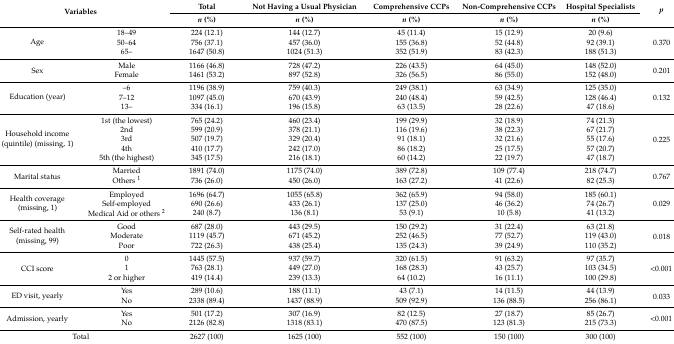
<table><thead><tr><td rowspan="2" colspan="2"><b>Variables</b></td><td><b>Total</b></td><td><b>Not Having a Usual Physician</b></td><td><b>Comprehensive CCPs</b></td><td><b>Non-Comprehensive CCPs</b></td><td><b>Hospital Specialists</b></td><td rowspan="2"><b><i>p</i></b></td></tr><tr><td><b><i>n</i> (%)</b></td><td><b><i>n</i> (%)</b></td><td><b><i>n</i> (%)</b></td><td><b><i>n</i> (%)</b></td><td><b><i>n</i> (%)</b></td></tr></thead><tbody><tr><td rowspan="3">Age</td><td>18–49</td><td>224 (12.1)</td><td>144 (12.7)</td><td>45 (11.4)</td><td>15 (12.9)</td><td>20 (9.6)</td><td rowspan="3">0.370</td></tr><tr><td>50–64</td><td>756 (37.1)</td><td>457 (36.0)</td><td>155 (36.8)</td><td>52 (44.8)</td><td>92 (39.1)</td></tr><tr><td>65–</td><td>1647 (50.8)</td><td>1024 (51.3)</td><td>352 (51.9)</td><td>83 (42.3)</td><td>188 (51.3)</td></tr><tr><td rowspan="2">Sex</td><td>Male</td><td>1166 (46.8)</td><td>728 (47.2)</td><td>226 (43.5)</td><td>64 (45.0)</td><td>148 (52.0)</td><td rowspan="2">0.201</td></tr><tr><td>Female</td><td>1461 (53.2)</td><td>897 (52.8)</td><td>326 (56.5)</td><td>86 (55.0)</td><td>152 (48.0)</td></tr><tr><td rowspan="3">Education (year)</td><td>–6</td><td>1196 (38.9)</td><td>759 (40.3)</td><td>249 (38.1)</td><td>63 (34.9)</td><td>125 (35.0)</td><td rowspan="3">0.132</td></tr><tr><td>7–12</td><td>1097 (45.0)</td><td>670 (43.9)</td><td>240 (48.4)</td><td>59 (42.5)</td><td>128 (46.4)</td></tr><tr><td>13–</td><td>334 (16.1)</td><td>196 (15.8)</td><td>63 (13.5)</td><td>28 (22.6)</td><td>47 (18.6)</td></tr><tr><td rowspan="5">Household income (quintile) (missing, 1)</td><td>1st (the lowest)</td><td>765 (24.2)</td><td>460 (23.4)</td><td>199 (29.9)</td><td>32 (18.9)</td><td>74 (21.3)</td><td rowspan="5">0.225</td></tr><tr><td>2nd</td><td>599 (20.9)</td><td>378 (21.1)</td><td>116 (19.6)</td><td>38 (22.3)</td><td>67 (21.7)</td></tr><tr><td>3rd</td><td>507 (19.7)</td><td>329 (20.4)</td><td>91 (18.1)</td><td>32 (21.6)</td><td>55 (17.6)</td></tr><tr><td>4th</td><td>410 (17.7)</td><td>242 (17.0)</td><td>86 (18.2)</td><td>25 (17.5)</td><td>57 (20.7)</td></tr><tr><td>5th (the highest)</td><td>345 (17.5)</td><td>216 (18.1)</td><td>60 (14.2)</td><td>22 (19.7)</td><td>47 (18.7)</td></tr><tr><td rowspan="2">Marital status</td><td>Married</td><td>1891 (74.0)</td><td>1175 (74.0)</td><td>389 (72.8)</td><td>109 (77.4)</td><td>218 (74.7)</td><td rowspan="2">0.767</td></tr><tr><td>Others <sup>1</sup></td><td>736 (26.0)</td><td>450 (26.0)</td><td>163 (27.2)</td><td>41 (22.6)</td><td>82 (25.3)</td></tr><tr><td rowspan="3">Health coverage (missing, 1)</td><td>Employed</td><td>1696 (64.7)</td><td>1055 (65.8)</td><td>362 (65.9)</td><td>94 (58.0)</td><td>185 (60.1)</td><td rowspan="3">0.029</td></tr><tr><td>Self-employed</td><td>690 (26.6)</td><td>433 (26.1)</td><td>137 (25.0)</td><td>46 (36.2)</td><td>74 (26.7)</td></tr><tr><td>Medical Aid or others <sup>2</sup></td><td>240 (8.7)</td><td>136 (8.1)</td><td>53 (9.1)</td><td>10 (5.8)</td><td>41 (13.2)</td></tr><tr><td rowspan="3">Self-rated health (missing, 99)</td><td>Good</td><td>687 (28.0)</td><td>443 (29.5)</td><td>150 (29.2)</td><td>31 (22.4)</td><td>63 (21.8)</td><td rowspan="3">0.018</td></tr><tr><td>Moderate</td><td>1119 (45.7)</td><td>671 (45.2)</td><td>252 (46.5)</td><td>77 (52.7)</td><td>119 (43.0)</td></tr><tr><td>Poor</td><td>722 (26.3)</td><td>438 (25.4)</td><td>135 (24.3)</td><td>39 (24.9)</td><td>110 (35.2)</td></tr><tr><td rowspan="3">CCI score</td><td>0</td><td>1445 (57.5)</td><td>937 (59.7)</td><td>320 (61.5)</td><td>91 (63.2)</td><td>97 (35.7)</td><td rowspan="3">&lt;0.001</td></tr><tr><td>1</td><td>763 (28.1)</td><td>449 (27.0)</td><td>168 (28.3)</td><td>43 (25.7)</td><td>103 (34.5)</td></tr><tr><td>2 or higher</td><td>419 (14.4)</td><td>239 (13.3)</td><td>64 (10.2)</td><td>16 (11.1)</td><td>100 (29.8)</td></tr><tr><td rowspan="2">ED visit, yearly</td><td>Yes</td><td>289 (10.6)</td><td>188 (11.1)</td><td>43 (7.1)</td><td>14 (11.5)</td><td>44 (13.9)</td><td rowspan="2">0.033</td></tr><tr><td>No</td><td>2338 (89.4)</td><td>1437 (88.9)</td><td>509 (92.9)</td><td>136 (88.5)</td><td>256 (86.1)</td></tr><tr><td rowspan="2">Admission, yearly</td><td>Yes</td><td>501 (17.2)</td><td>307 (16.9)</td><td>82 (12.5)</td><td>27 (18.7)</td><td>85 (26.7)</td><td rowspan="2">&lt;0.001</td></tr><tr><td>No</td><td>2126 (82.8)</td><td>1318 (83.1)</td><td>470 (87.5)</td><td>123 (81.3)</td><td>215 (73.3)</td></tr><tr><td colspan="2">Total</td><td>2627 (100)</td><td>1625 (100)</td><td>552 (100)</td><td>150 (100)</td><td>300 (100)</td><td></td></tr></tbody></table>